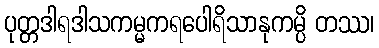
ပုတ္တဒါရဒါသကမ္မကရပေါရိသာနုကမ္ပိ တဿ၊